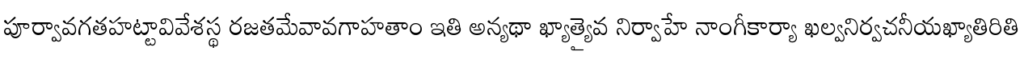
పూర్వావగతహట్టావివేశస్థ రజతమేవావగాహతాం ఇతి అన్యథా ఖ్యాత్యైవ నిర్వాహే నాంగీకార్యా ఖల్వనిర్వచనీయఖ్యాతిరితి